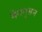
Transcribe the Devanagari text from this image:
मैगनुसन